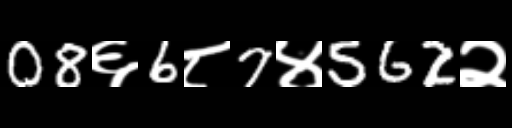
Text: 08६6८7४562२